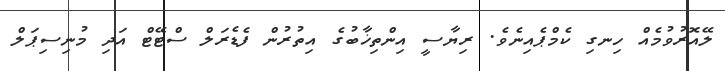
ލޭއޮރުވުމެއް ހިނގި ކެމްޕެއިނެވެ. ރިޔާސީ އިންތިޚާބުގެ އިތުރުން ފެޑެރަލް ސްޓޭޓް އަދި މުނިސިޕަލް